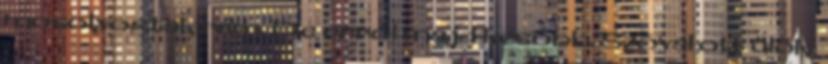
mo­solyogtak rám. De erről majd később. Szóval ott ülök,